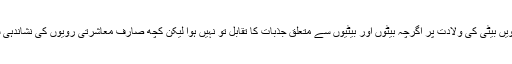
شاہد آفریدی کی پانچویں بیٹی کی ولادت پر اگرچہ بیٹوں اور بیٹیوں سے متعلق جذبات کا تقابل تو نہیں ہوا لیکن کچھ صارف معاشرتی رویوں کی نشاندہی سے باز نہ رہ سکے۔